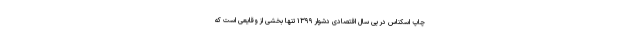
چاپ اسکناس در پی سال اقتصادی دشوار ۱۳۹۹ تنها بخشی از وقایعی است که